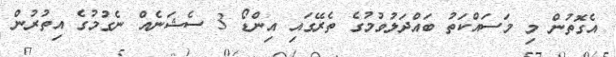
އެގޮތުން މި މަސައްކަތު ބައްދަލުވުމުގެ ތެރޭގައި އިންޑޯ 3 ސެޝަނެއް ނެގުމުގެ އިތުރުން